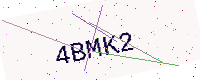
Text: 4BMK2